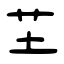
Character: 芏